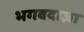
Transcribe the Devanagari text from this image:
भगवदाज्ञा